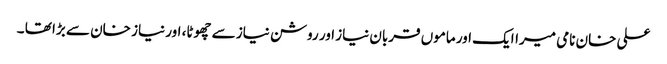
علی خان نامی میراایک اور ماموں قربان نیاز اور روشن نیاز سے چھوٹا، اور نیاز خان سے بڑا تھا ۔